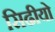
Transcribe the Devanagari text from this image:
सिढीयो